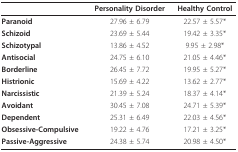
|  | Personality Disorder | Healthy Control |
 | --- | --- | --- |
 | Paranoid | 27.96 ± 6.79 | 22.57 ± 5.57* |
 | Schizoid | 23.69 ± 5.44 | 19.42 ± 3.35* |
 | Schizotypal | 13.86 ± 4.52 | 9.95 ± 2.98* |
 | Antisocial | 24.75 ± 6.10 | 21.05 ± 4.46* |
 | Borderline | 26.45 ± 7.72 | 19.95 ± 5.27* |
 | Histrionic | 15.69 ± 4.22 | 13.62 ± 2.77* |
 | Narcissistic | 21.39 ± 5.24 | 18.37 ± 4.14* |
 | Avoidant | 30.45 ± 7.08 | 24.71 ± 5.39* |
 | Dependent | 25.31 ± 6.49 | 22.03 ± 4.56* |
 | Obsessive-Compulsive | 19.22 ± 4.76 | 17.21 ± 3.25* |
 | Passive-Aggressive | 24.38 ± 5.74 | 20.98 ± 4.50* |